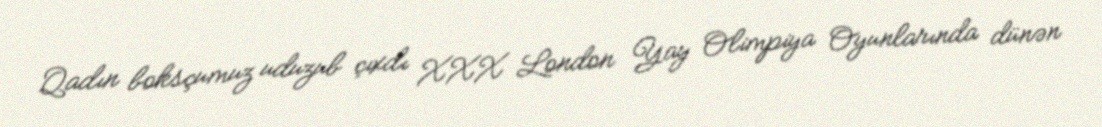
Qadın boksçumuz uduzub çıxdı XXX London Yay Olimpiya Oyunlarında dünən